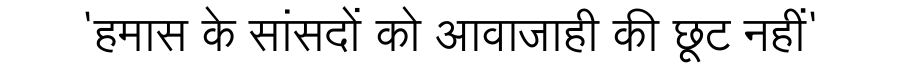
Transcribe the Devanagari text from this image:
'हमास के सांसदों को आवाजाही की छूट नहीं'